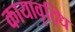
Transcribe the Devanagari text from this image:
कायावृद्धि